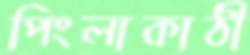
পিংলাকাঠী